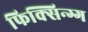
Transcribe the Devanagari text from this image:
फिक्सिन्ग्ग